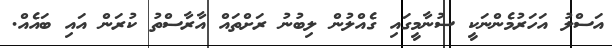
އަސްލު އަހަރުމެންނަކީ ސުނާމީގައި ގެއްލުން ލިބުނު ރަށްތައް އާރާސްތު ކުރަން އައި ބައެއް.